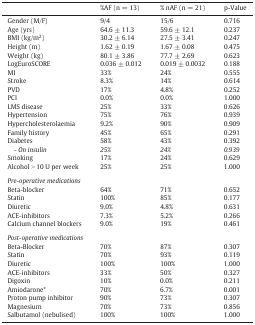
<table><thead><tr><td></td><td><b>%AF (n = 13)</b></td><td><b>% nAF (n = 21)</b></td><td><b>p-Value</b></td></tr></thead><tbody><tr><td>Gender (M/F)</td><td>9/4</td><td>15/6</td><td>0.716</td></tr><tr><td>Age (yrs)</td><td>64.6 ± 11.3</td><td>59.6 ± 12.1</td><td>0.237</td></tr><tr><td>BMI (kg/m<sup>2</sup>)</td><td>30.2 ± 6.14</td><td>27.5 ± 3.41</td><td>0.247</td></tr><tr><td>Height (m)</td><td>1.62 ± 0.19</td><td>1.67 ± 0.08</td><td>0.475</td></tr><tr><td>Weight (kg)</td><td>80.1 ± 3.86</td><td>77.7 ± 2.69</td><td>0.623</td></tr><tr><td>LogEuroSCORE</td><td>0.036 ± 0.012</td><td>0.019 ± 0.0032</td><td>0.188</td></tr><tr><td>MI</td><td>33%</td><td>24%</td><td>0.555</td></tr><tr><td>Stroke</td><td>8.3%</td><td>14%</td><td>0.614</td></tr><tr><td>PVD</td><td>17%</td><td>4.8%</td><td>0.252</td></tr><tr><td>PCI</td><td>0.0%</td><td>0.0%</td><td>1.000</td></tr><tr><td>LMS disease</td><td>25%</td><td>33%</td><td>0.626</td></tr><tr><td>Hypertension</td><td>75%</td><td>76%</td><td>0.939</td></tr><tr><td>Hypercholesterolaemia</td><td>9.2%</td><td>90%</td><td>0.909</td></tr><tr><td>Family history</td><td>45%</td><td>65%</td><td>0.291</td></tr><tr><td>Diabetes</td><td>58%</td><td>43%</td><td>0.392</td></tr><tr><td> - <i>On insulin</i></td><td><i>25%</i></td><td><i>24%</i></td><td><i>0.939</i></td></tr><tr><td>Smoking</td><td>17%</td><td>24%</td><td>0.629</td></tr><tr><td>Alcohol &gt; 10 U per week</td><td>25%</td><td>25%</td><td>1.000</td></tr><tr><td colspan="4">  </td></tr><tr><td colspan="4"><i>Pre</i>-<i>operative medications</i></td></tr><tr><td>Beta-blocker</td><td>64%</td><td>71%</td><td>0.652</td></tr><tr><td>Statin</td><td>100%</td><td>85%</td><td>0.177</td></tr><tr><td>Diuretic</td><td>9.0%</td><td>4.8%</td><td>0.631</td></tr><tr><td>ACE-inhibitors</td><td>7.3%</td><td>5.2%</td><td>0.266</td></tr><tr><td>Calcium channel blockers</td><td>9.0%</td><td>19%</td><td>0.461</td></tr><tr><td colspan="4">  </td></tr><tr><td colspan="4"><i>Post</i>-<i>operative medications</i></td></tr><tr><td>Beta-Blocker</td><td>70%</td><td>87%</td><td>0.307</td></tr><tr><td>Statin</td><td>70%</td><td>93%</td><td>0.119</td></tr><tr><td>Diuretic</td><td>100%</td><td>100%</td><td>1.000</td></tr><tr><td>ACE-inhibitors</td><td>33%</td><td>50%</td><td>0.327</td></tr><tr><td>Digoxin</td><td>10%</td><td>0.0%</td><td>0.211</td></tr><tr><td>Amiodarone*</td><td>70%</td><td>6.7%</td><td>0.001</td></tr><tr><td>Proton pump inhibitor</td><td>90%</td><td>73%</td><td>0.307</td></tr><tr><td>Magnesium</td><td>70%</td><td>73%</td><td>0.856</td></tr><tr><td>Salbutamol (nebulised)</td><td>100%</td><td>100%</td><td>1.000</td></tr></tbody></table>